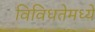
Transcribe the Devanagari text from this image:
विविधतेमध्ये